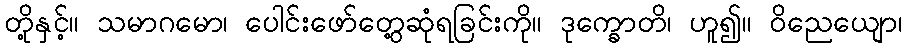
တို့နှင့်။ သမာဂမော၊ ပေါင်းဖော်တွေ့ဆုံရခြင်းကို။ ဒုက္ခောတိ၊ ဟူ၍။ ဝိညေယျော၊